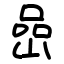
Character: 喦